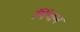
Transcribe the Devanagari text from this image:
पिंचन